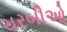
ચરબીઓ